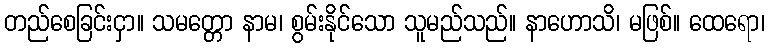
တည်စေခြင်းငှာ။ သမတ္တော နာမ၊ စွမ်းနိုင်သော သူမည်သည်။ နာဟောသိ၊ မဖြစ်။ ထေရော၊